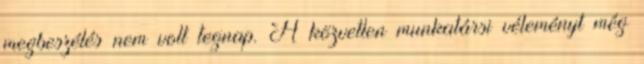
megbeszélés nem volt tegnap. A közvetlen munkatársi véleményt még